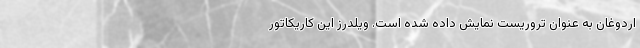
اردوغان به عنوان تروریست نمایش داده شده است. ویلدرز این کاریکاتور